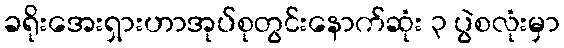
ခရိုးအေးရှားဟာအုပ်စုတွင်းနောက်ဆုံး ၃ ပွဲစလုံးမှာ